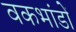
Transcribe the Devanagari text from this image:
वकभांडों